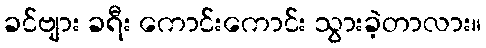
ခင်ဗျား ခရီး ကောင်းကောင်း သွားခဲ့တာလား။